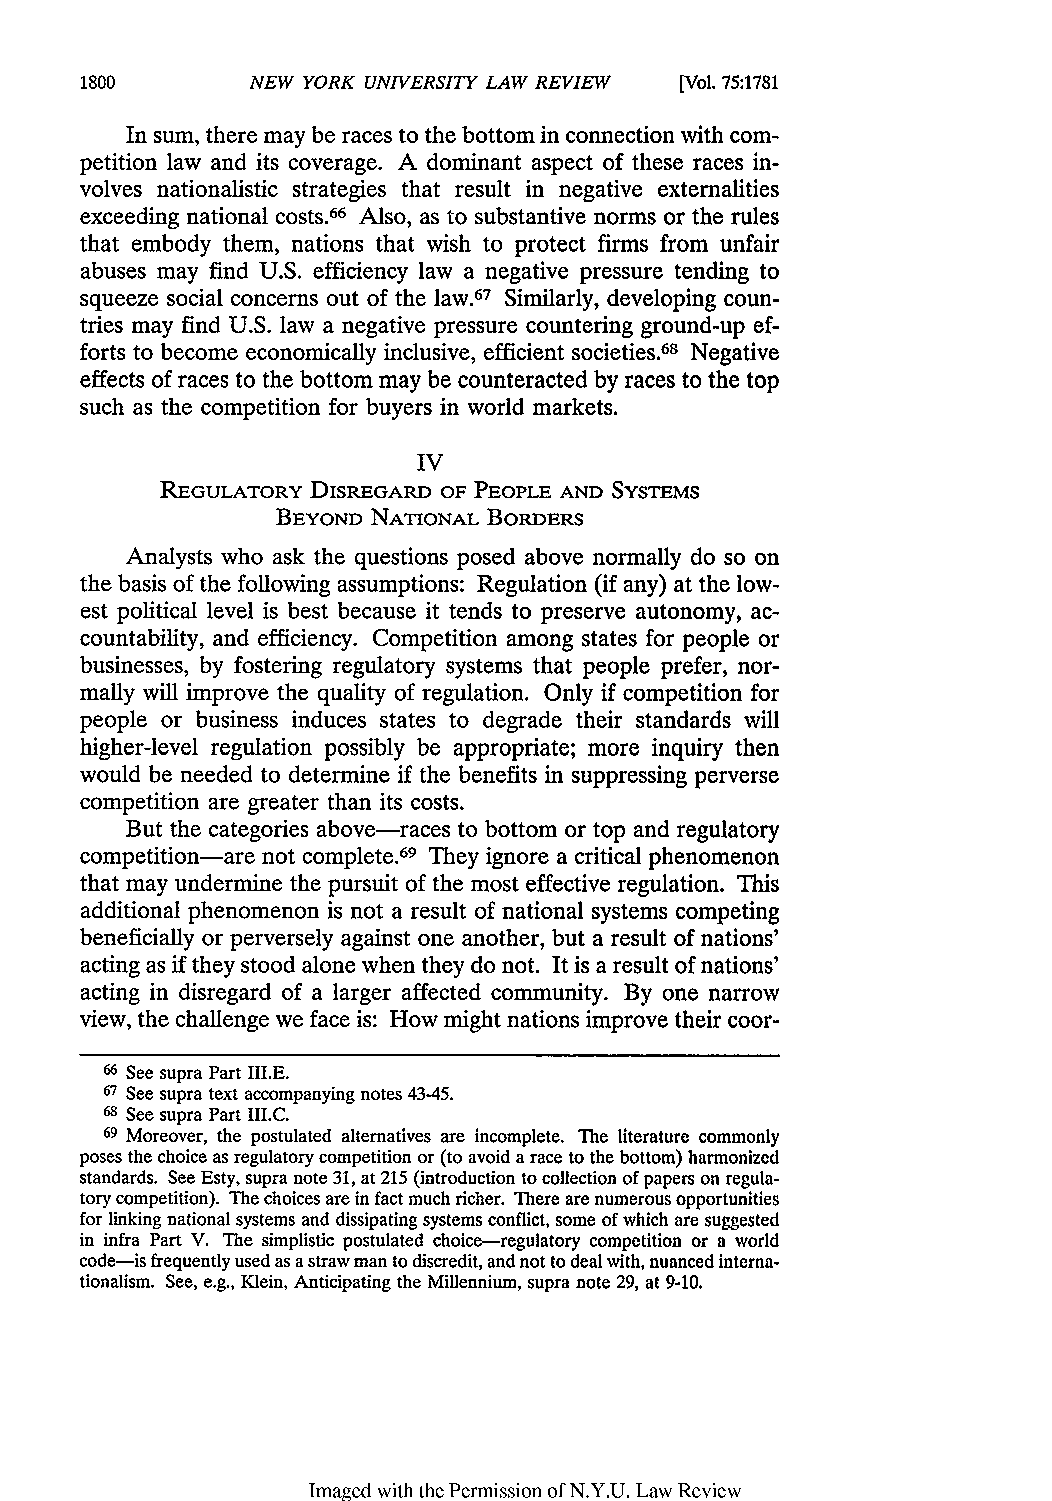
NEW YORK UNIVERSITY LAW REVIEW [Vol. 75:1781
 In sum, there may be races to the bottom in connection with com-
 petition law and its coverage. A dominant aspect of these races in-
 volves nationalistic strategies that result in negative externalities
 exceeding national costs.66 Also, as to substantive norms or the rules
 that embody them, nations that wish to protect firms from unfair
 abuses may find U.S. efficiency law a negative pressure tending to
 squeeze social concerns out of the law.67 Similarly, developing coun-
 tries may find U.S. law a negative pressure countering ground-up ef-
 forts to become economically inclusive, efficient societies.68 Negative
 effects of races to the bottom may be counteracted by races to the top
 such as the competition for buyers in world markets.
 IV
 REGULATORY DISREGARD OF PEOPLE AND SYSTEMS
 BEYOND NATIONAL BORDERS
 Analysts who ask the questions posed above normally do so on
 the basis of the following assumptions: Regulation (if any) at the low-
 est political level is best because it tends to preserve autonomy, ac-
 countability, and efficiency. Competition among states for people or
 businesses, by fostering regulatory systems that people prefer, nor-
 mally will improve the quality of regulation. Only if competition for
 people or business induces states to degrade their standards will
 higher-level regulation possibly be appropriate; more inquiry then
 would be needed to determine if the benefits in suppressing perverse
 competition are greater than its costs.
 But the categories above-races to bottom or top and regulatory
 competition-are not complete.69 They ignore a critical phenomenon
 that may undermine the pursuit of the most effective regulation. This
 additional phenomenon is not a result of national systems competing
 beneficially or perversely against one another, but a result of nations'
 acting as if they stood alone when they do not. It is a result of nations'
 acting in disregard of a larger affected community. By one narrow
 view, the challenge we face is: How might nations improve their coor-
 66 See supra Part III.E.
 67 See supra text accompanying notes 43-45.
 68 See supra Part III.C.
 69 Moreover, the postulated alternatives are incomplete. The literature commonly
 poses the choice as regulatory competition or (to avoid a race to the bottom) harmonized
 standards. See Esty, supra note 31, at 215 (introduction to collection of papers on regula-
 tory competition). The choices are in fact much richer. There are numerous opportunities
 for linking national systems and dissipating systems conflict, some of which are suggested
 in infra Part V. The simplistic postulated choice-regulatory competition or a world
 code-is frequently used as a straw man to discredit, and not to deal with, nuanced interna-
 tionalism. See, e.g., Klein, Anticipating the Millennium, supra note 29, at 9-10.
 Imaged with the Permission of N.Y.U. Law Review